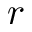
r